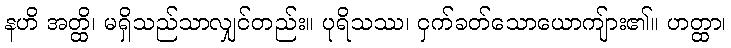
နဟိ အတ္ထိ၊ မရှိသည်သာလျှင်တည်း။ ပုရိသဿ၊ ငှက်ခတ်သောယောကျ်ား၏။ ဟတ္ထာ၊